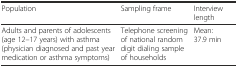
<table><thead><tr><td><b>Population</b></td><td><b>Sampling frame</b></td><td><b>Interview length</b></td></tr></thead><tbody><tr><td>Adults and parents of adolescents (age 12–17 years) with asthma (physician diagnosed and past year medication or asthma symptoms)</td><td>Telephone screening of national random digit dialing sample of households</td><td>Mean: 37.9 min</td></tr></tbody></table>